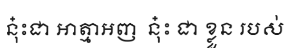
នុ៎ះជា អាត្មាអញ  នុ៎ះ ជា ខ្លួន របស់